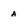
Character: a